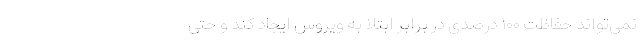
نمی‌تواند حفاظت ۱۰۰ درصدی در برابر ابتلا به ویروس ایجاد کند و حتی